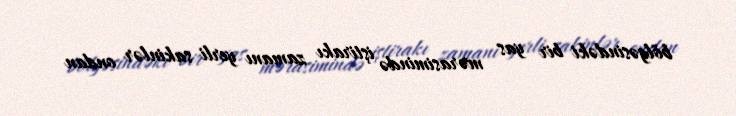
bölgəsindəki bir yas mərasimində iştirakı zamanı yerli sakinlər ondan